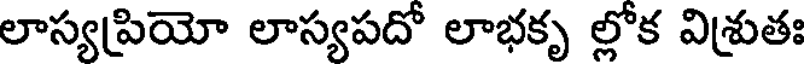
లాస్యప్రియో లాస్యపదో లాభకృ ల్లోక విశ్రుతః